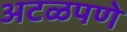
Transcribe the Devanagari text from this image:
अटळपणे